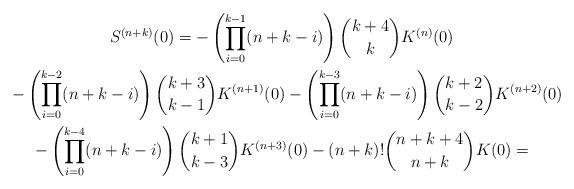
LaTeX: \begin{gather*}S^{(n+k)}(0)=-\left( \prod\limits_{i=0}^{k-1}(n+k-i)\right) \dbinom{k+4}{k}K^{(n)}(0) \\-\left( \prod\limits_{i=0}^{k-2}(n+k-i)\right) \dbinom{k+3}{k-1}K^{(n+1)}(0)-\left( \prod\limits_{i=0}^{k-3}(n+k-i)\right) \dbinom{k+2}{k-2}K^{(n+2)}(0) \\-\left( \prod\limits_{i=0}^{k-4}(n+k-i)\right) \dbinom{k+1}{k-3}K^{(n+3)}(0)-(n+k)!\dbinom{n+k+4}{n+k}K(0)=\end{gather*}